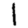
Digit: 1